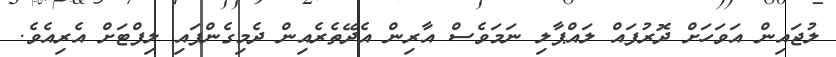
ލުޖައިން އަވަހަށް ދޮރުފައް ލައްޕާލި ނަމަވެސް އާރިން އެދޭތެރެއިން ދެމިގެންފައި ލިފްޓަށް އެރިއެވެ.